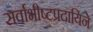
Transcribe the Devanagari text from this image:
सर्वाभीष्टप्रदायिने